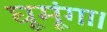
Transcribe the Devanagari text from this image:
घूमूंगा।